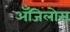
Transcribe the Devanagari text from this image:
अँजिलोस